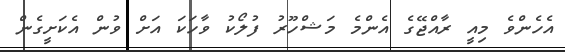
އެހެންވެ މިއީ ރާއްޖޭގެ އެންމެ މަޝްހޫރު ފުލޯކު ވާހަކަ އަށް ވުން އެކަށީގެން